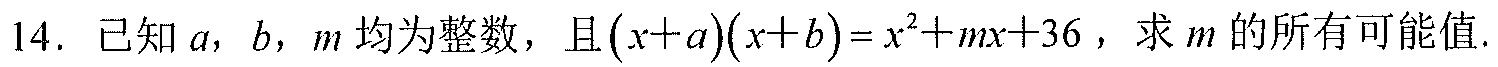
14. 已知\(a\)，\(b\)，\(m\)均为整数，且\((x + a)(x + b)=x^{2}+mx + 36\)，求\(m\)的所有可能值.